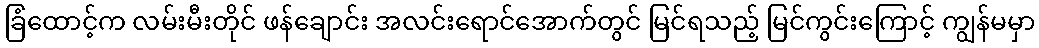
ခြံထောင့်က လမ်းမီးတိုင် ဖန်ချောင်း အလင်းရောင်အောက်တွင် မြင်ရသည့် မြင်ကွင်းကြောင့် ကျွန်မမှာ